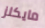
مايكلز